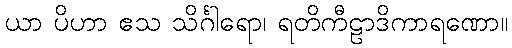
ယာ ပိဟာ ဧသ သိင်္ဂါရော၊ ရတိကီဠာဒိကာရဏော။